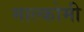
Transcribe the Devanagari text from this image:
माल्कोमी